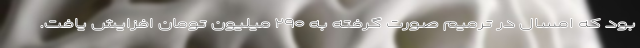
بود که امسال در ترمیم صورت گرفته به ۲۹۰ میلیون تومان افزایش یافت.